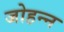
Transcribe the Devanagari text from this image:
जोहन्न